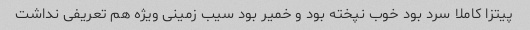
پیتزا کاملا سرد بود خوب نپخته بود و خمیر بود سیب زمینی ویژه هم تعریفی نداشت